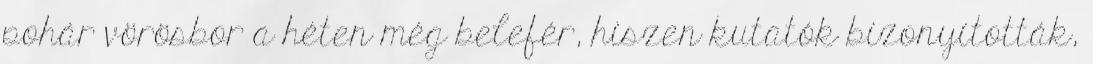
pohár vörösbor a héten még belefér, hiszen kutatók bizonyították,